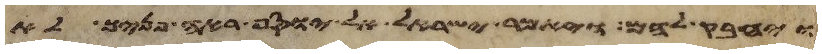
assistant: ויחבק להם ויאמר ישראל אל יוסף ראה פניך לא